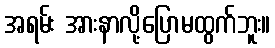
အရမ်း အားနာလို့ပြောမထွက်ဘူး။